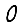
Digit: 0